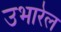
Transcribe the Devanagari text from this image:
उभारेल